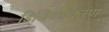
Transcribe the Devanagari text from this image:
डिजिटलकरण